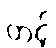
တင့်